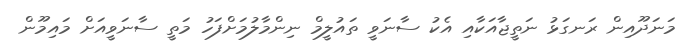
މަނަދޫއިން ރަނގަޅު ނަތީޖާއަކާއި އެކު ސާނަވީ ތައުލީމް ނިންމާލުމަށްފަހު މަތީ ސާނަވީއަށް މައިމޫން